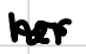
Text: her
Cross-out: wave
Writing tool: digital_black